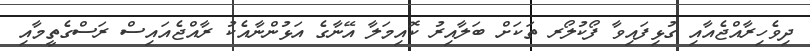
ދިވެހިރާއްޖެއާއި ގުޅިފައިވާ ފޯކުލޯރ ތަކަށް ބަލާއިރު ކޮއިމަލާ އޭނާގެ އަޅުންނާއެކު ރާއްޖެއައިސް ރަސްގެތީމާއި